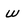
Character: w